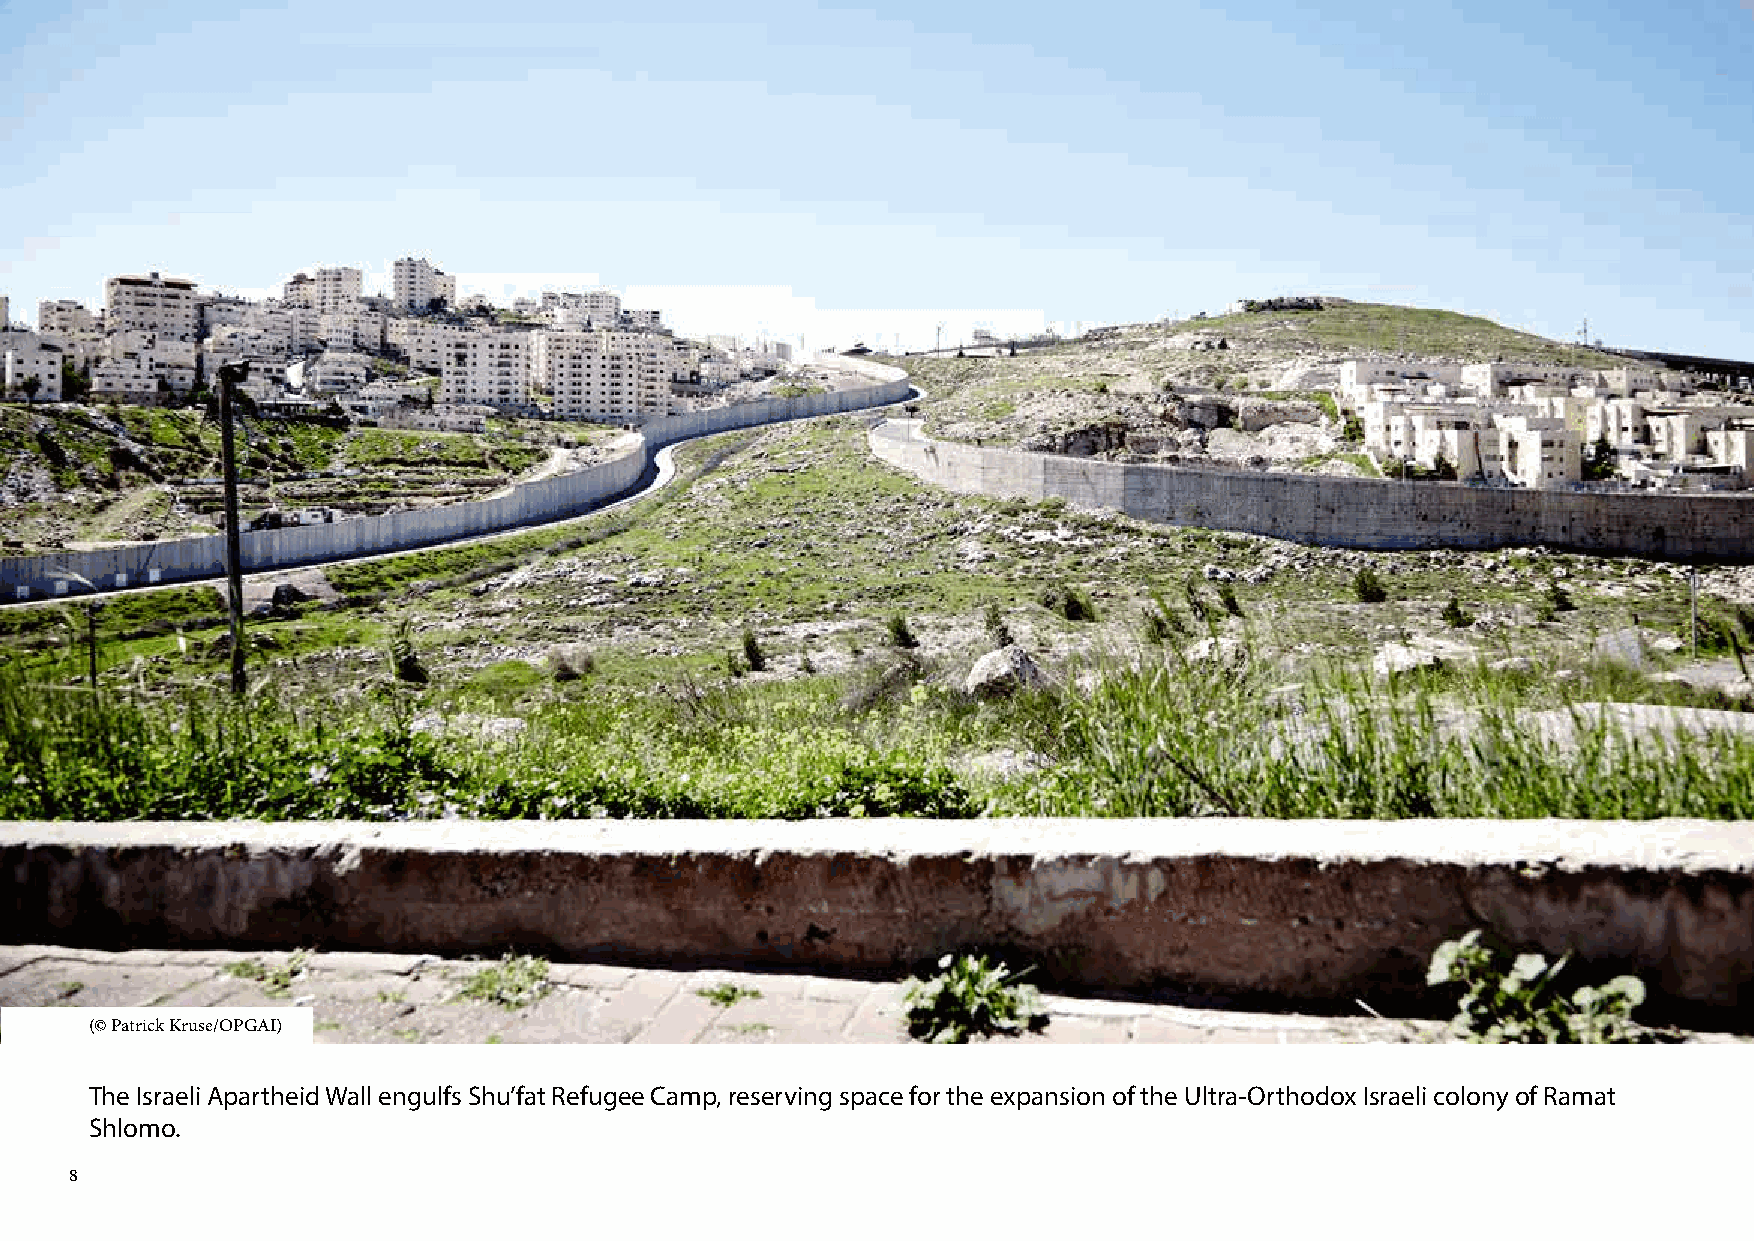
(© Patrick Kruse/OPGAI)
 The Israeli Apartheid Wall engulfs Shu’fat Refugee Camp, reserving space for the expansion of the Ultra-Orthodox Israeli colony of Ramat
 Shlomo.
 8